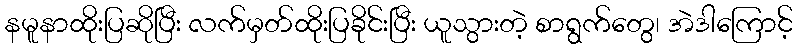
နမူနာထိုးပြဆိုပြီး လက်မှတ်ထိုးပြခိုင်းပြီး ယူသွားတဲ့ စာရွက်တွေ၊ အဲဒါကြောင့်